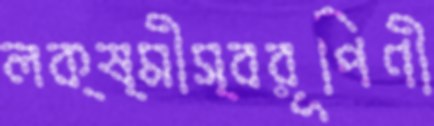
লক্ষ্মীস্বরূপিণী